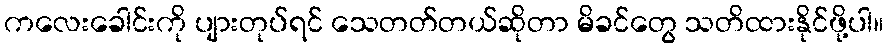
ကလေးခေါင်းကို ပျားတုပ်ရင် သေတတ်တယ်ဆိုတာ မိခင်တွေ သတိထားနိုင်ဖို့ပါ။